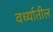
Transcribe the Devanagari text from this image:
वर्ध्यातील